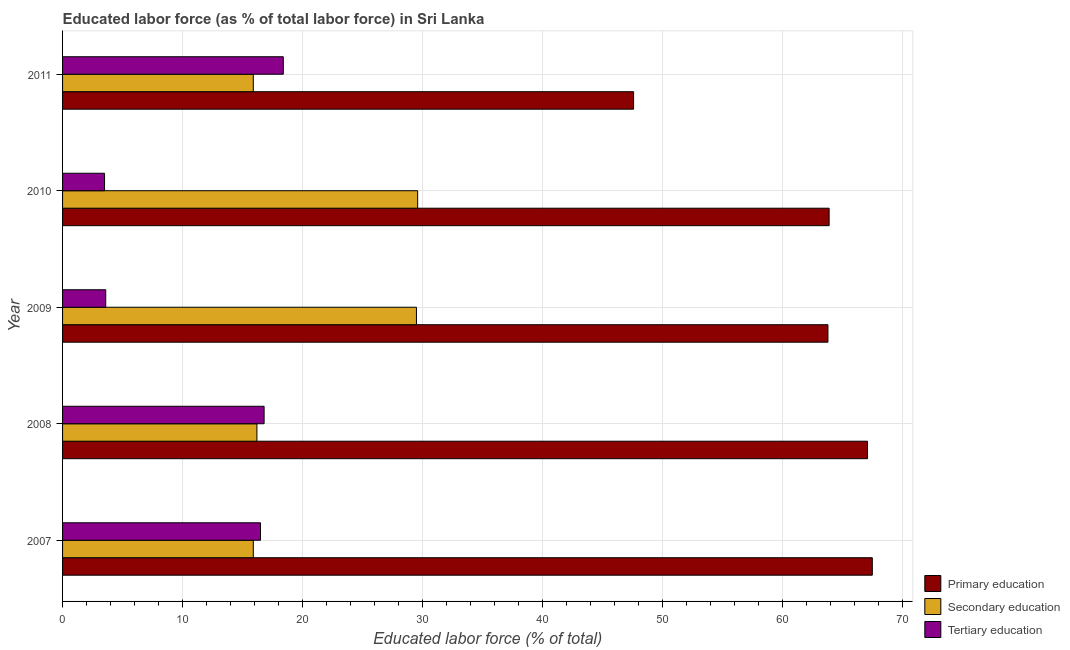
| Year | Primary education | Secondary education | Tertiary education |
 | --- | --- | --- | --- |
 | 2007 | 67.5 | 15.9 | 16.5 |
 | 2008 | 67.1 | 16.2 | 16.8 |
 | 2009 | 63.8 | 29.5 | 3.6 |
 | 2010 | 63.9 | 29.6 | 3.5 |
 | 2011 | 47.6 | 15.9 | 18.4 |